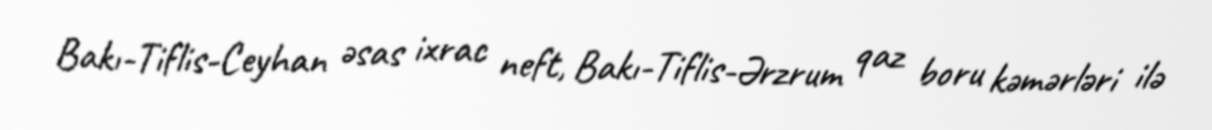
Bakı-Tiflis-Ceyhan əsas ixrac neft, Bakı-Tiflis-Ərzrum qaz boru kəmərləri ilə